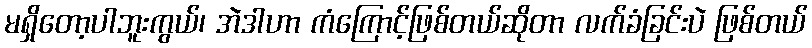
မရှိတော့ပါဘူးကွယ်၊ အဲဒါဟာ ကံကြောင့်ဖြစ်တယ်ဆိုတာ လက်ခံခြင်းပဲ ဖြစ်တယ်